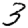
Digit: 3